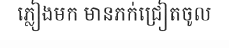
ភ្លៀងមក មានភក់ជ្រៀតចូល